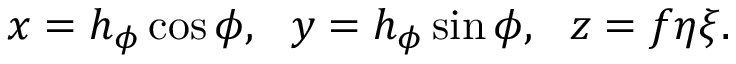
\begin{array} { r } { x = h _ { \phi } \cos \phi , ~ ~ y = h _ { \phi } \sin \phi , ~ ~ z = f \eta \xi . } \end{array}